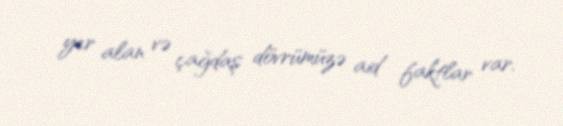
yer alan və çağdaş dövrümüzə aid faktlar var.